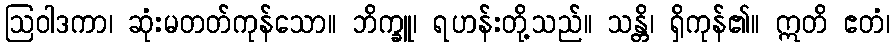
ဩဝါဒကာ၊ ဆုံးမတတ်ကုန်သော။ ဘိက္ခူ၊ ရဟန်းတို့သည်။ သန္တိ၊ ရှိကုန်၏။ ဣတိ ဧတံ၊